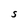
Character: S